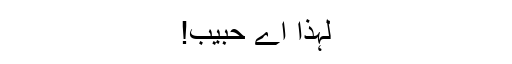
لہٰذا اے حبیب!